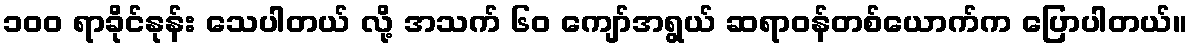
၁၀၀ ရာခိုင်နုန်း သေပါတယ် လို့ အသက် ၆၀ ကျော်အရွယ် ဆရာဝန်တစ်ယောက်က ပြောပါတယ်။